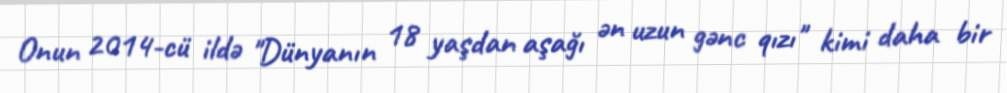
Onun 2014-cü ildə "Dünyanın 18 yaşdan aşağı ən uzun gənc qızı" kimi daha bir